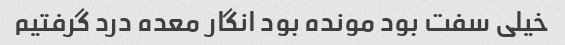
خیلی سفت بود مونده بود انگار معده درد گرفتیم